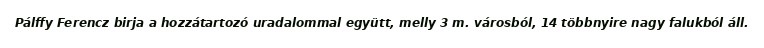
Pálffy Ferencz birja a hozzátartozó uradalommal együtt, melly 3 m. városból, 14 többnyire nagy falukból áll.